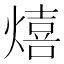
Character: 熺